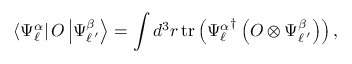
\left< { \Psi _ { \ell } ^ { \alpha } } \right| O \left| \Psi _ { \ell \, ^ { \prime } } ^ { \beta } \right> = \int d ^ { 3 } r \, \mathrm { t r } \left( { \Psi _ { \ell } ^ { \alpha } } ^ { \dagger } \left( O \otimes \Psi _ { \ell \, ^ { \prime } } ^ { \beta } \right) \right) ,